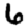
Digit: 6